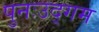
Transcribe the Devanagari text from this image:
पुनःउद्गम